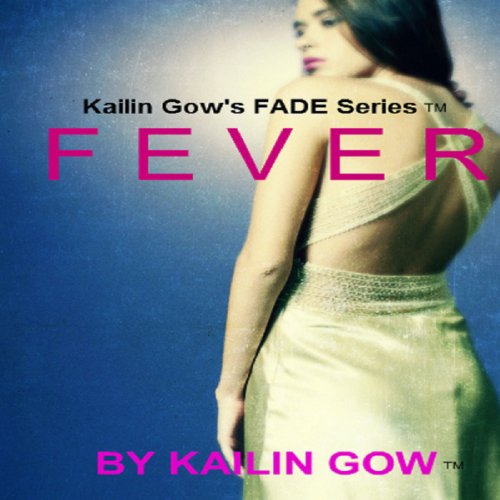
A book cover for Fever: FADE, Book 4; Kailin Gow; Romance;